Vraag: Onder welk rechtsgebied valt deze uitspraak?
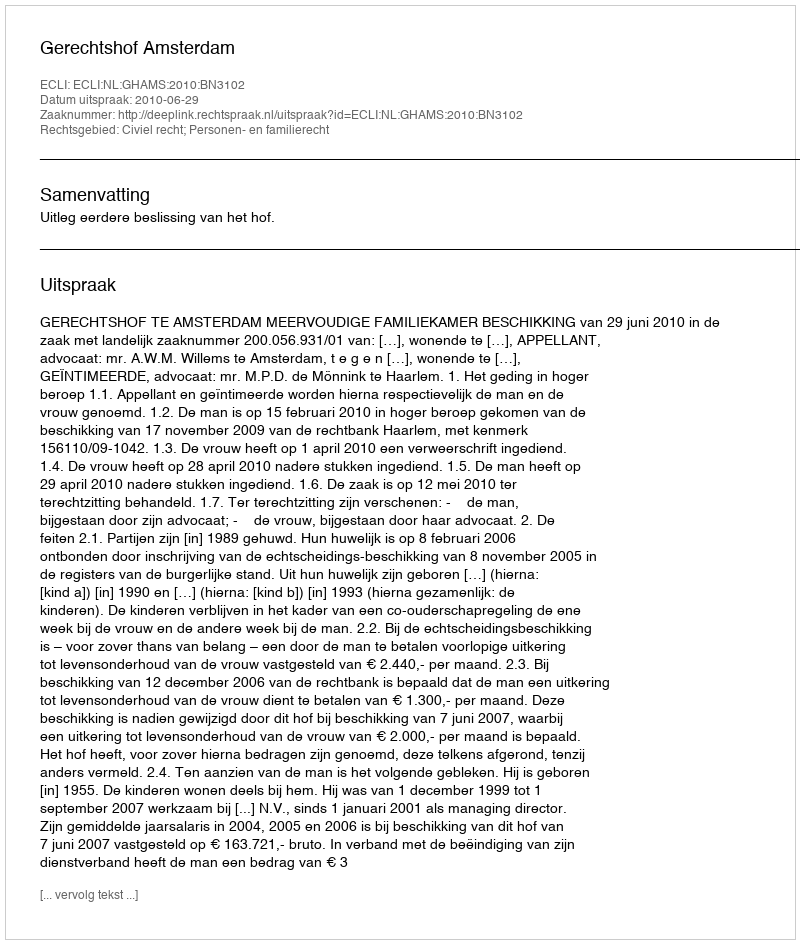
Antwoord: Civiel recht; Personen- en familierecht